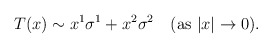
\begin{align*}T(x) \sim x^1 \sigma^1 + x^2\sigma^2\quad(\mbox{as } |x|\rightarrow 0).\end{align*}